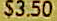
$3.50